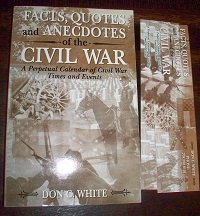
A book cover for Facts, Quotes and Anecdotes of the Civil War: A Perpetual Calendar of Civil War Times and Events; Calendars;